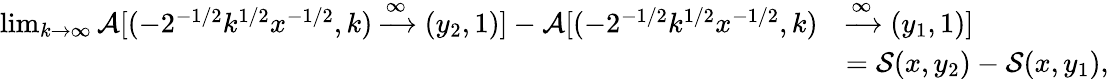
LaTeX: \begin{array}{rl}{\operatorname*{lim}_{k\to\infty}\mathcal{A}[(-2^{-1/2}k^{1/2}x^{-1/2},k)\xrightarrow{\infty}(y_{2},1)]-\mathcal{A}[(-2^{-1/2}k^{1/2}x^{-1/2},k)}&{\xrightarrow{\infty}(y_{1},1)]}\\ &{=\mathcal{S}(x,y_{2})-\mathcal{S}(x,y_{1}),}\end{array}